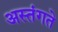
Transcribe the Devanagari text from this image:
अस्तंगते